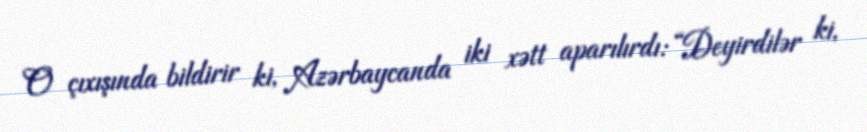
O çıxışında bildirir ki, Azərbaycanda iki xətt aparılırdı: “Deyirdilər ki,